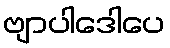
ဗျာပါဒေါပေ